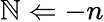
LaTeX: \mathbb{N}\Leftarrow-n